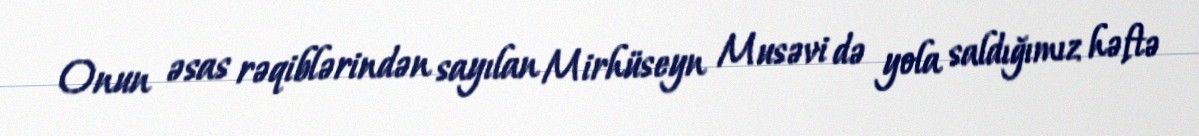
Onun əsas rəqiblərindən sayılan Mirhüseyn Musəvi də yola saldığımız həftə